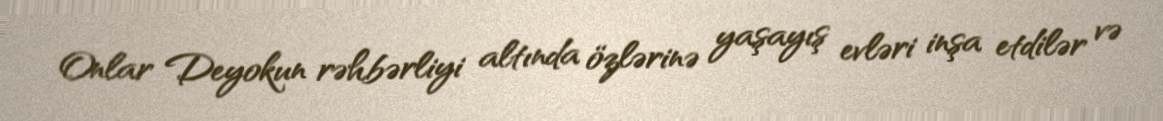
Onlar Deyokun rəhbərliyi altında özlərinə yaşayış evləri inşa etdilər və